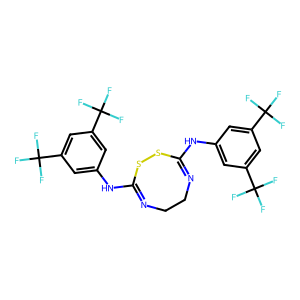
SMILES: FC(F)(F)c1cc(NC2=NCCN=C(Nc3cc(C(F)(F)F)cc(C(F)(F)F)c3)SS2)cc(C(F)(F)F)c1
Inhibits HIV replication: No